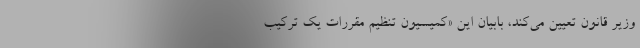
وزیر قانون تعیین می‌کند، بابیان این «کمیسیون تنظیم مقررات یک ترکیب